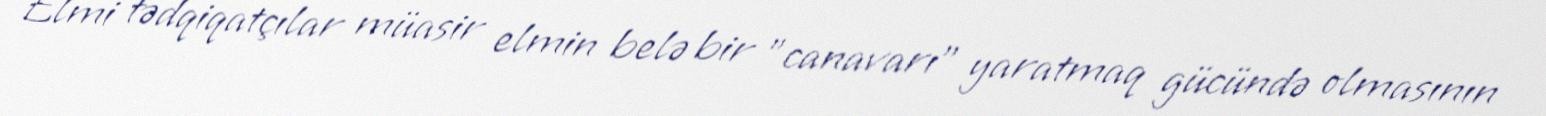
Elmi tədqiqatçılar müasir elmin belə bir "canavarı" yaratmaq gücündə olmasının